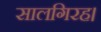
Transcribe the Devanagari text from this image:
सालगिरह।